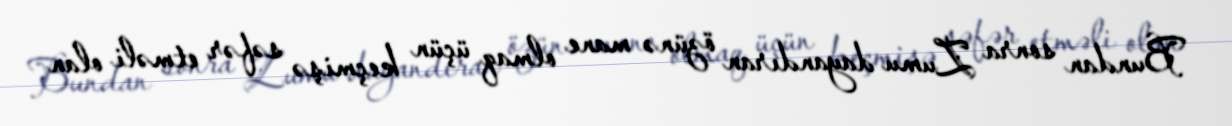
Bundan sonra Zumu dayandıran özünə mane olmaq üçün keçmişə səfər etməli olan